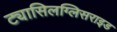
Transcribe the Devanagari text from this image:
ट्यासिलग्लिसराइड